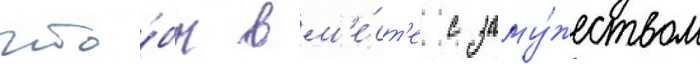
что́бы вм'е́ст'е с заму́жеством